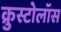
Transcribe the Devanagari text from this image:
क्रुस्टोलॉस